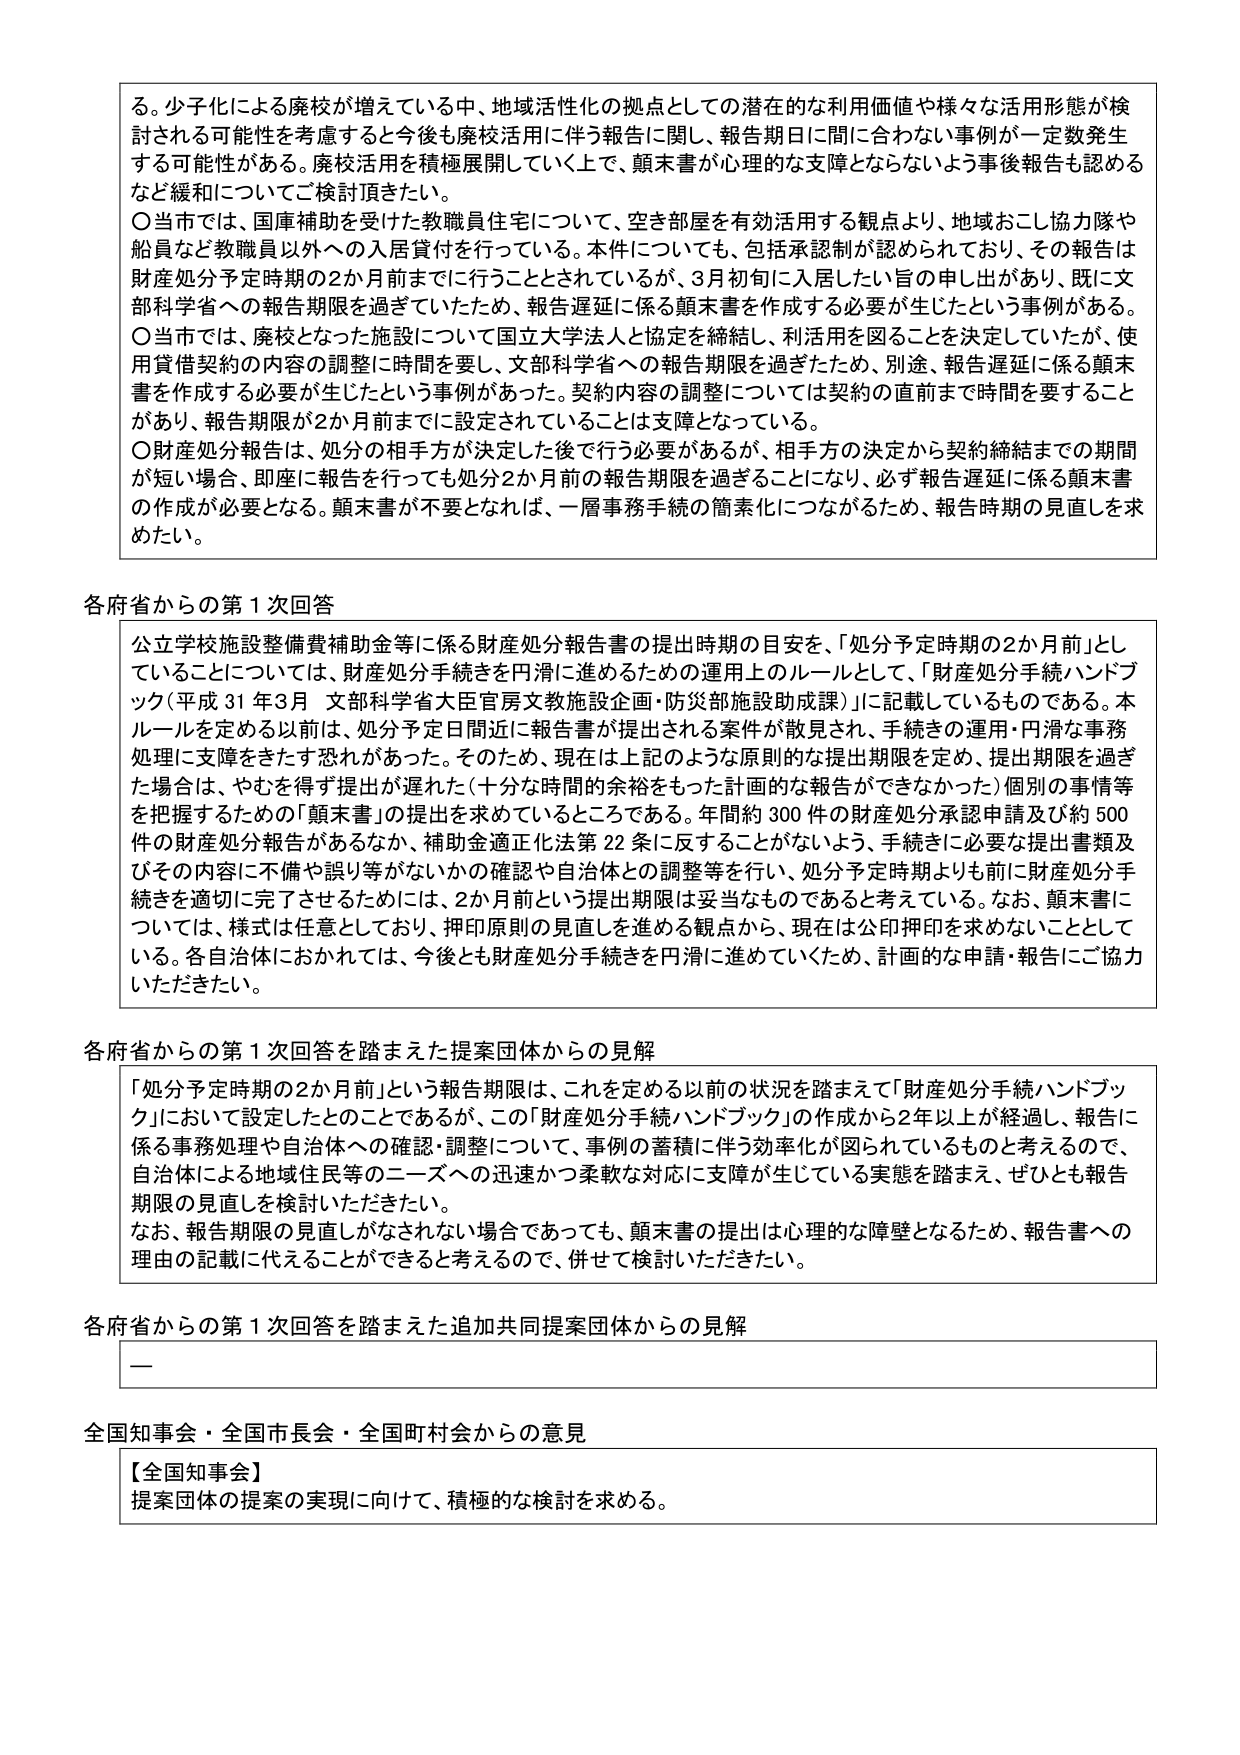
る。少子化による廃校が増えている中、地域活性化の拠点としての潜在的な利用価値や様々な活用形態が検討される可能性を考慮すると今後も廃校活用に伴う報告に関し、報告期日に間に合わない事例が一定数発生する可能性がある。廃校活用を積極展開していく上で、顛末書が心理的な支障とならないよう事後報告も認めるなど緩和についてご検討頂きたく。

〇当市では、国庫補助を受けた教職員住宅について、空き部屋を有効活用する観点より、地域おこし協力隊や船員など教職員以外への入居貸付を行っている。本件についても、包括承認制が認められており、その報告は財産処分予定時期の2か月前までに行うこととされているが、3月初旬に入居したい旨の申し出があり、既に文部科学省への報告期限を過ぎていたため、報告遅延に係る顛末書を作成する必要が生じたという事例がある。

〇当市では、廃校となった施設について国立大学法人と協定を締結し、利活用を図ることを決定していたが、使用貸借契約の内容の調整に時間を要し、文部科学省への報告期限を過ぎたため、別途、報告遅延に係る顛末書を作成する必要が生じたという事例があった。契約内容の調整については契約の直前まで時間を要することがあり、報告期限が2か月前までに設定されていることは支障となっている。

〇財産処分報告は、処分の相手方が決定した後で行う必要があるが、相手方の決定から契約締結までの期間が短い場合、即座に報告を行っても処分2か月前の報告期限を過ぎることになり、必ず報告遅延に係る顛末書の作成が必要となる。顛末書が不要となれば、一層事務手続の簡素化につながるため、報告時期の見直しを求めたい。

各府省からの第1次回答

公立学校施設整備費補助金等に係る財産処分報告書の提出時期の目安を、「処分予定時期の2か月前」としていることについては、財産処分手続きを円滑に進めるための運用上のルールとして、「財産処分手続きハンドブック（平成31年3月 文部科学省大臣官房文教施設企画・防災部施設助成課）」に記載しているものである。本ルールを定める以前は、処分予定日間近に報告書が提出される案件が散見され、手続きの運用・円滑な事務処理に支障をきたす恐れがあった。そのため、現在は上記のような原則的な提出期限を定め、提出期限を過ぎた場合は、やむを得ず提出が遅れた（十分な時間の余裕をもった計画的な報告ができなかった）個別の事情等を把握するための「顛末書」の提出を求めているところである。年間約300件の財産処分承認申請及び約500件の財産処分報告があるなか、補助金適正化法第22条に反することがないよう、手続きに必要な提出書類及びその内容に不備や誤り等がないかの確認や自治体との調整等を行い、処分予定時期よりも前に財産処分手続きを適切に完了させるためには、2か月前という提出期限は妥当なものであると考えている。なお、顛末書については、様式は任意としており、押印原則の見直しを進める観点から、現在は公印押印を求めないこととしている。各自治体におかれましては、今後とも財産処分手続きを円滑に進めていくため、計画的な申請・報告にご協力いただきたい。

各府省からの第1次回答を踏まえた提案団体からの見解

「処分予定時期の2か月前」という報告期限は、これを定める以前の状況を踏まえて「財産処分手続きハンドブック」において設定したものであるが、この「財産処分手続きハンドブック」の作成から2年以上が経過し、報告に係る事務処理や自治体への確認・調整について、事例の蓄積に伴う効率化が図られているものと考えるので、自治体による地域住民等のニーズへの迅速かつ柔軟な対応に支障が生じている実態を踏まえ、ぜひとも報告期限の見直しを検討いただきたい。

なお、報告期限の見直しがなされない場合であっても、顛末書の提出は心理的な障壁となるため、報告書への理由の記載に代えることができると考えるのので、併せて検討いただきたい。

各府省からの第1次回答を踏まえた追加共同提案団体からの見解

—

全国知事会・全国市長会・全国町村会からの意見

【全国知事会】
提案団体の提案の実現に向けて、積極的な検討を求める。